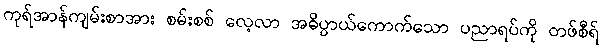
ကုရ်အာန်ကျမ်းစာအား စမ်းစစ် လေ့လာ အဓိပ္ပာယ်ကောက်သော ပညာရပ်ကို တဖ်စီရ်